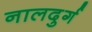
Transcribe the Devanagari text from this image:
नालदुर्ग